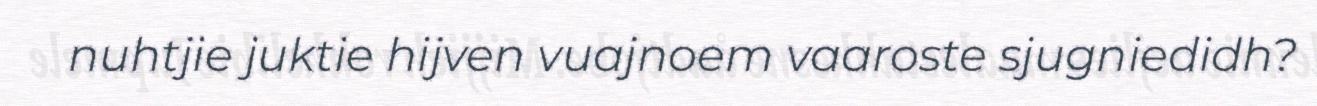
nuhtjie juktie hijven vuajnoem vaaroste sjugniedidh?